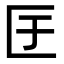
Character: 𭅕